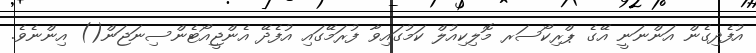
އުފެދިގެން އަންނަނީ އޭގެ ޕްރިކޯސަރ މޮލިކިއުލް ކަމުގައިވާ ފުރަމޭގައި އުފެދޭ އެންޖީއޯޓެންސިނަޖަން() އިންނެވެ.